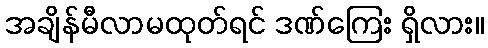
အချိန်မီလာမထုတ်ရင် ဒဏ်ကြေး ရှိလား။